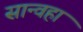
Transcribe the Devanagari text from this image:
सान्वहा